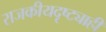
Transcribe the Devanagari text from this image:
राजकीयदृष्ट्याही